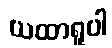
ယထာရူပါ